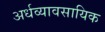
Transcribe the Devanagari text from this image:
अर्धव्यावसायिक